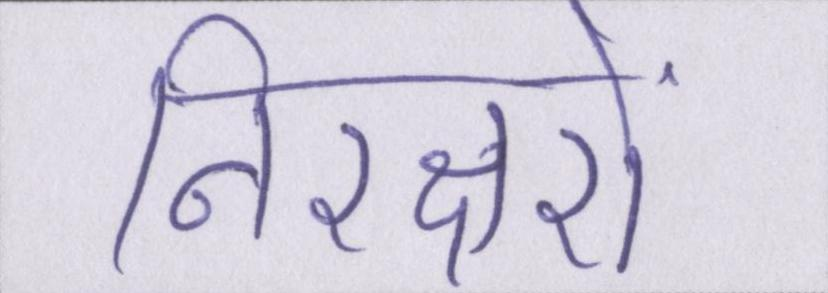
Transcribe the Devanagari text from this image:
निरक्षरों